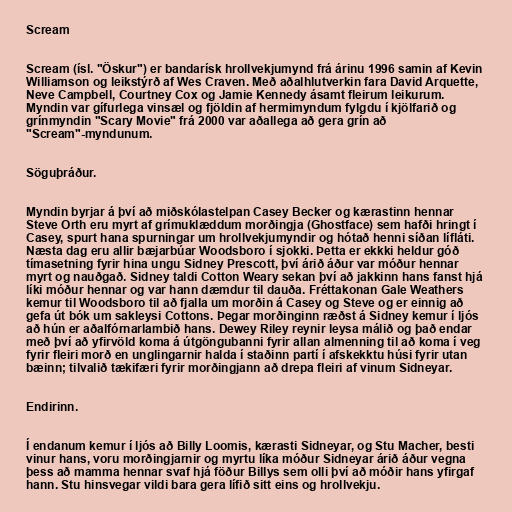
Scream

Scream (ísl. "Öskur") er bandarísk hrollvekjumynd frá árinu 1996 samin af Kevin
Williamson og leikstýrð af Wes Craven. Með aðalhlutverkin fara David Arquette,
Neve Campbell, Courtney Cox og Jamie Kennedy ásamt fleirum leikurum.
Myndin var gífurlega vinsæl og fjöldin af hermimyndum fylgdu í kjölfarið og
grínmyndin "Scary Movie" frá 2000 var aðallega að gera grín að
"Scream"-myndunum.

Söguþráður.

Myndin byrjar á því að miðskólastelpan Casey Becker og kærastinn hennar
Steve Orth eru myrt af grímuklæddum morðingja (Ghostface) sem hafði hringt í
Casey, spurt hana spurningar um hrollvekjumyndir og hótað henni síðan lífláti.
Næsta dag eru allir bæjarbúar Woodsboro í sjokki. Þetta er ekkki heldur góð
tímasetning fyrir hina ungu Sidney Prescott, því árið áður var móður hennar
myrt og nauðgað. Sidney taldi Cotton Weary sekan því að jakkinn hans fanst hjá
líki móður hennar og var hann dæmdur til dauða. Fréttakonan Gale Weathers
kemur til Woodsboro til að fjalla um morðin á Casey og Steve og er einnig að
gefa út bók um sakleysi Cottons. Þegar morðinginn ræðst á Sidney kemur í ljós
að hún er aðalfórnarlambið hans. Dewey Riley reynir leysa málið og það endar
með því að yfirvöld koma á útgöngubanni fyrir allan almenning til að koma í veg
fyrir fleiri morð en unglingarnir halda í staðinn partí í afskekktu húsi fyrir utan
bæinn; tilvalið tækifæri fyrir morðingjann að drepa fleiri af vinum Sidneyar.

Endirinn.

Í endanum kemur í ljós að Billy Loomis, kærasti Sidneyar, og Stu Macher, besti
vinur hans, voru morðingjarnir og myrtu líka móður Sidneyar árið áður vegna
þess að mamma hennar svaf hjá föður Billys sem olli því að móðir hans yfirgaf
hann. Stu hinsvegar vildi bara gera lífið sitt eins og hrollvekju.